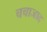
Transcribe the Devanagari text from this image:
चचाजाद